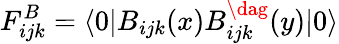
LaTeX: F_{ijk}^{B}=\langle 0|B_{ijk}(x)B_{ijk}^{\dag}(y)|0\rangle